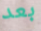
بعد